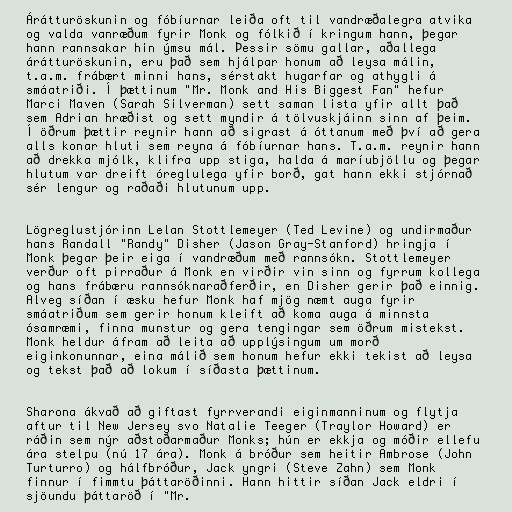
Árátturöskunin og fóbíurnar leiða oft til vandræðalegra atvika
og valda vanræðum fyrir Monk og fólkið í kringum hann, þegar
hann rannsakar hin ýmsu mál. Þessir sömu gallar, aðallega
árátturöskunin, eru það sem hjálpar honum að leysa málin,
t.a.m. frábært minni hans, sérstakt hugarfar og athygli á
smáatriði. Í þættinum "Mr. Monk and His Biggest Fan" hefur
Marci Maven (Sarah Silverman) sett saman lista yfir allt það
sem Adrian hræðist og sett myndir á tölvuskjáinn sinn af þeim.
Í öðrum þættir reynir hann að sigrast á óttanum með því að gera
alls konar hluti sem reyna á fóbíurnar hans. T.a.m. reynir hann
að drekka mjólk, klifra upp stiga, halda á maríubjöllu og þegar
hlutum var dreift óreglulega yfir borð, gat hann ekki stjórnað
sér lengur og raðaði hlutunum upp.

Lögreglustjórinn Lelan Stottlemeyer (Ted Levine) og undirmaður
hans Randall "Randy" Disher (Jason Gray-Stanford) hringja í
Monk þegar þeir eiga í vandræðum með rannsókn. Stottlemeyer
verður oft pirraður á Monk en virðir vin sinn og fyrrum kollega
og hans frábæru rannsóknaraðferðir, en Disher gerir það einnig.
Alveg síðan í æsku hefur Monk haf mjög næmt auga fyrir
smáatriðum sem gerir honum kleift að koma auga á minnsta
ósamræmi, finna munstur og gera tengingar sem öðrum mistekst.
Monk heldur áfram að leita að upplýsingum um morð
eiginkonunnar, eina málið sem honum hefur ekki tekist að leysa
og tekst það að lokum í síðasta þættinum.

Sharona ákvað að giftast fyrrverandi eiginmanninum og flytja
aftur til New Jersey svo Natalie Teeger (Traylor Howard) er
ráðin sem nýr aðstoðarmaður Monks; hún er ekkja og móðir ellefu
ára stelpu (nú 17 ára). Monk á bróður sem heitir Ambrose (John
Turturro) og hálfbróður, Jack yngri (Steve Zahn) sem Monk
finnur í fimmtu þáttaröðinni. Hann hittir síðan Jack eldri í
sjöundu þáttaröð í "Mr.